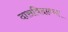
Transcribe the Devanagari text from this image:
दासविदान्या